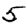
Digit: 5